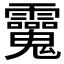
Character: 𩵂